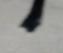
Signature authenticity: forged